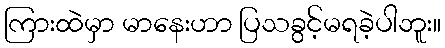
ကြားထဲမှာ မာနေးဟာ ပြသခွင့်မရခဲ့ပါဘူး။